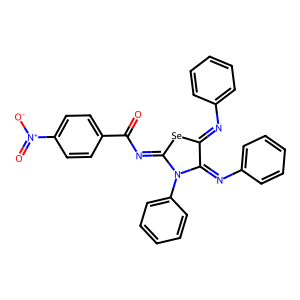
SMILES: O=C(N=C1[Se]C(=Nc2ccccc2)C(=Nc2ccccc2)N1c1ccccc1)c1ccc([N+](=O)[O-])cc1
Inhibits HIV replication: No